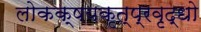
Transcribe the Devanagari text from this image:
लोकक्षयकृत्प्रवृद्धो